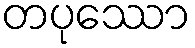
တပုဿော